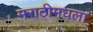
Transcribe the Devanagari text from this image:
मराठीमधला